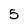
Character: 5